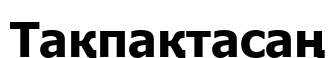
Тақпақтасаң